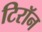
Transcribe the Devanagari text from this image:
टिरॉन